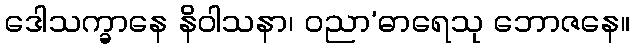
ဒေါသက္ခာနေ နိဝါသနာ၊ ဝညာ’ဓာရေသု ဘောဇနေ။